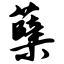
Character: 蘖